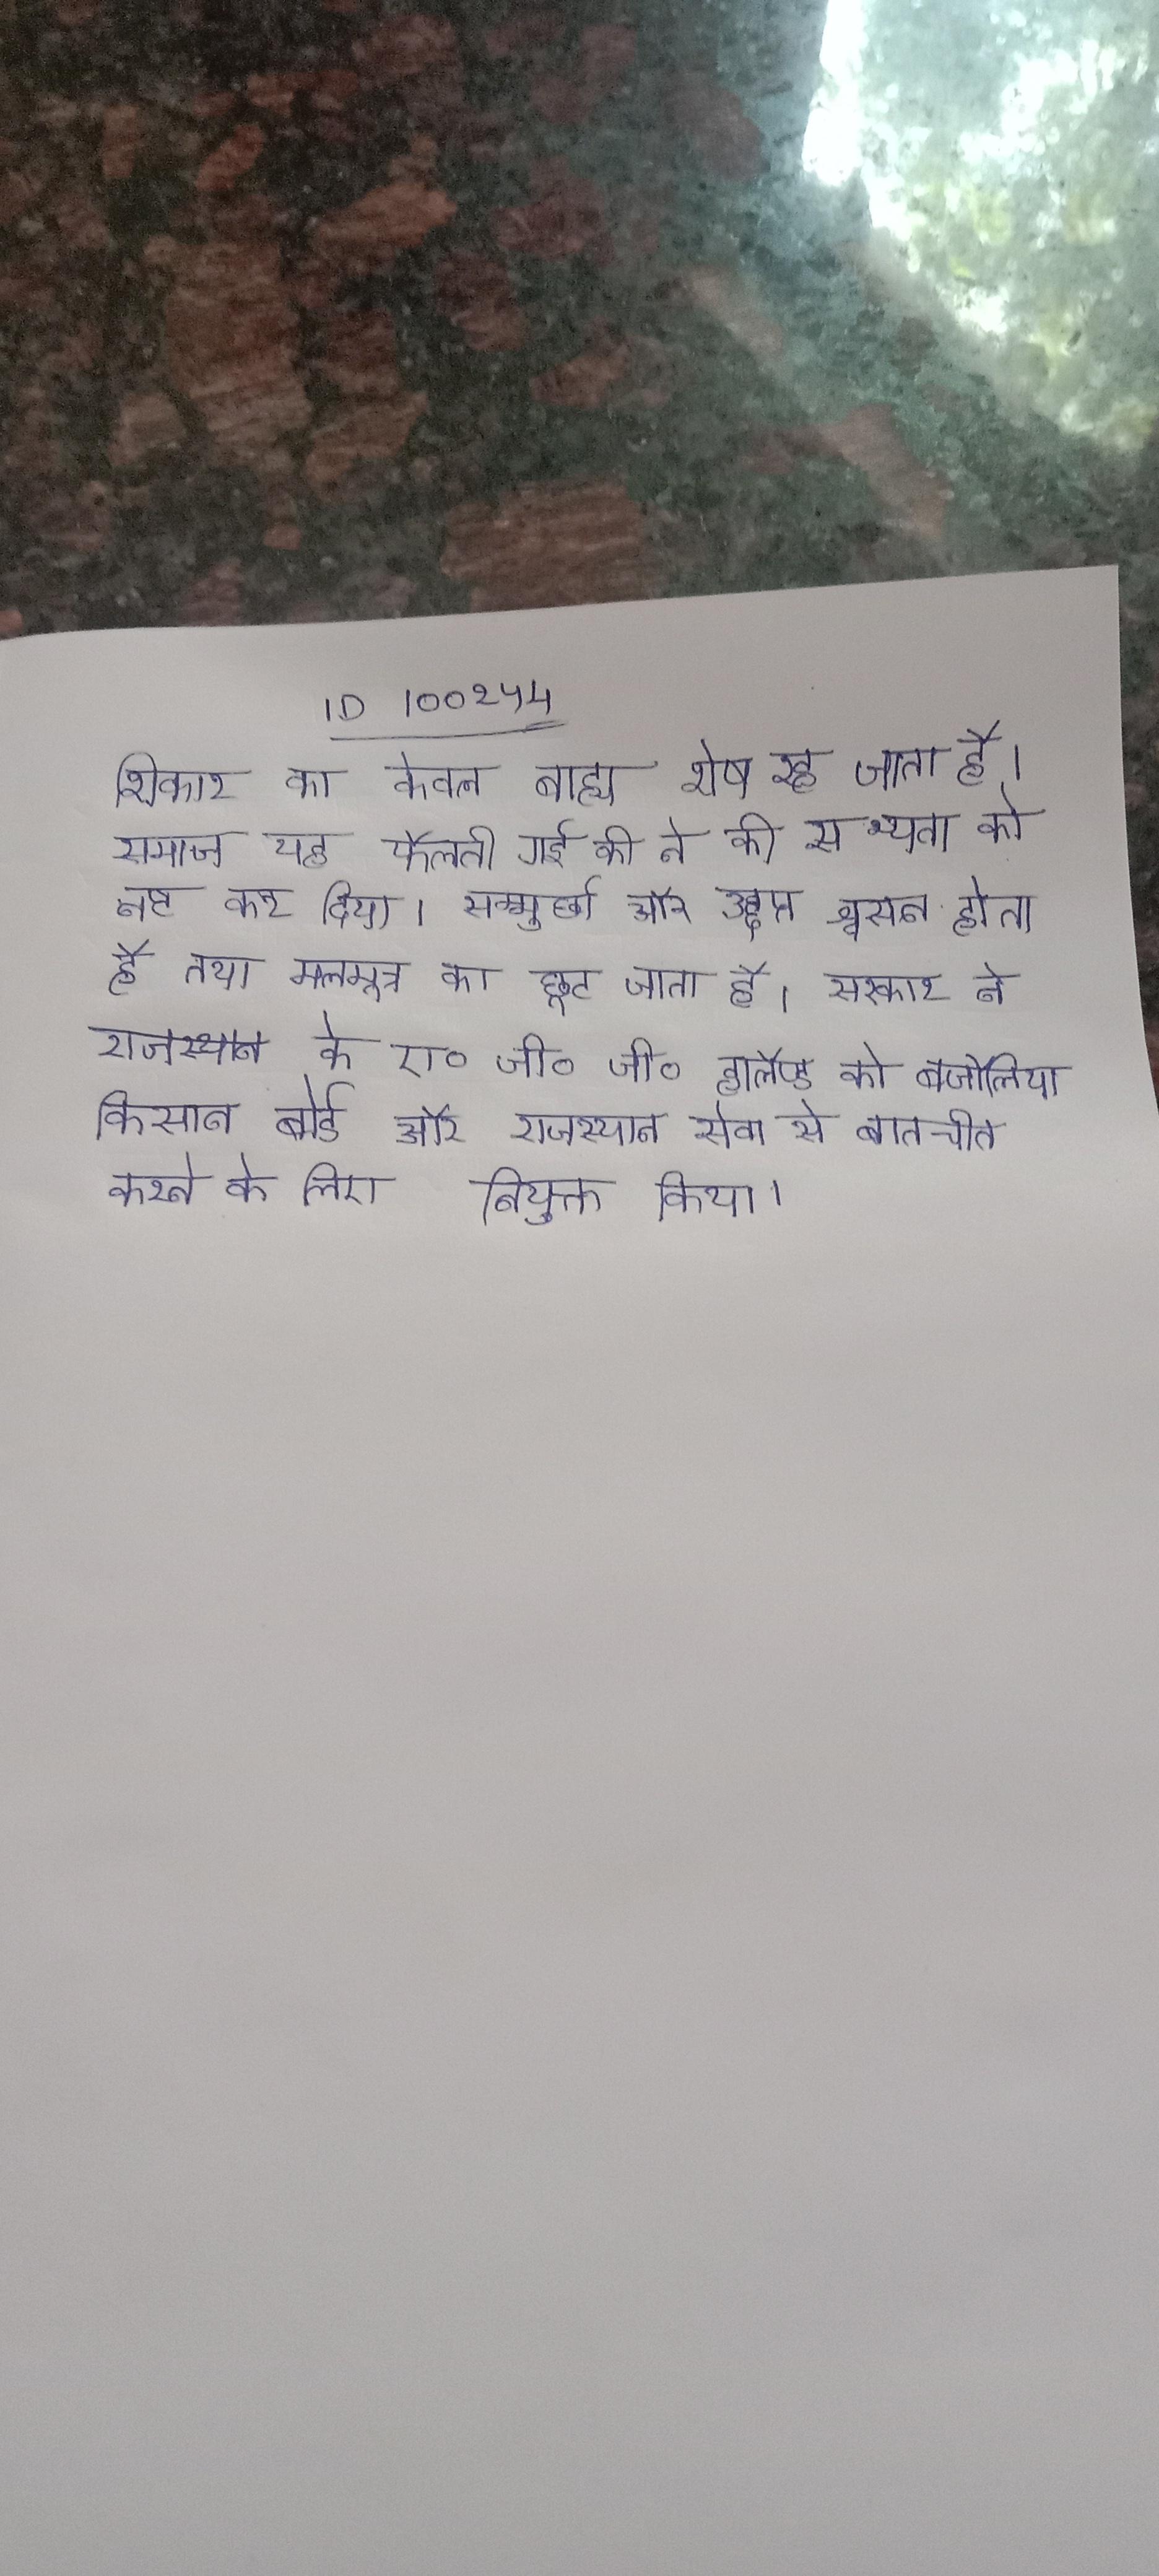
शिकार का केवल बाह्य शेष रह जाता है । समाज यह फैलती गई की ने की सभ्यता को नष्ट कर दिया । सम्मुर्छा और उद्दीप्त श्वसन होता है तथा मलमूत्र का छूट जाता है । सरकार ने राजस्थान के ए० जी० जी० हालैण्ड को बिजौलिया किसान बोर्ड और राजस्थान सेवा से बातचीत करने के लिए नियुक्त किया ।